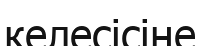
келесісіне